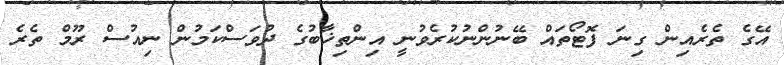
އޭގެ ތެރެއިން ގިނަ ފޮޓޯތައް ބޭނުންނުކުރެވުނީ އިންތިޚާބުގެ ދުވަސްކަމުން ނިއުސް ރޫމް ތެރެ